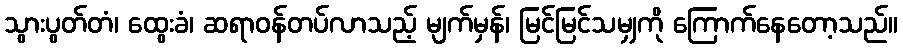
သွားပွတ်တံ၊ ထွေးခံ၊ ဆရာဝန်တပ်လာသည့် မျက်မှန်၊ မြင်မြင်သမျှကို ကြောက်နေတော့သည်။